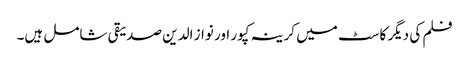
فلم کی دیگر کاسٹ میں کرینہ کپور اور نواز الدین صدیقی شامل ہیں۔